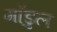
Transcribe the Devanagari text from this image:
मॉडुल